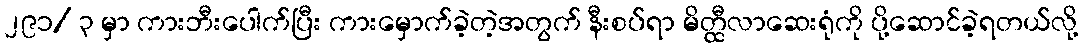
၂၉၁/ ၃ မှာ ကားဘီးပေါက်ပြီး ကားမှောက်ခဲ့တဲ့အတွက် နီးစပ်ရာ မိတ္ထီလာဆေးရုံကို ပို့ဆောင်ခဲ့ရတယ်လို့